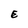
Character: E